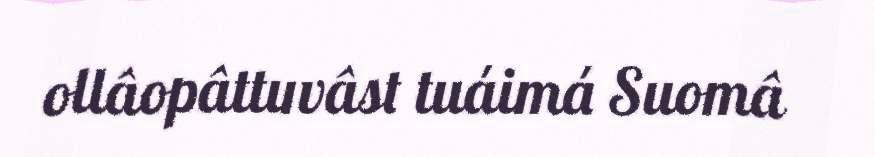
ollâopâttuvâst tuáimá Suomâ